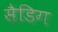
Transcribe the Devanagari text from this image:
स़ैडिग